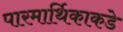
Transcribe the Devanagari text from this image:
पारमार्थिकाकडे